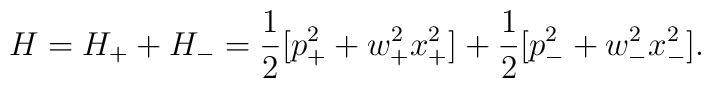
H=H_++H_-={1\over 2}[p_+^2+w_+^2x_+^2]+{1\over 2}[p_-^2+w_-^2x_-^2].